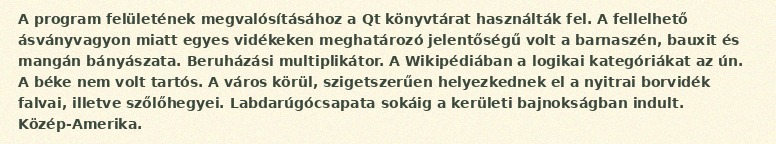
A program felületének megvalósításához a Qt könyvtárat használták fel. A fellelhető ásványvagyon miatt egyes vidékeken meghatározó jelentőségű volt a barnaszén, bauxit és mangán bányászata. Beruházási multiplikátor. A Wikipédiában a logikai kategóriákat az ún. A béke nem volt tartós. A város körül, szigetszerűen helyezkednek el a nyitrai borvidék falvai, illetve szőlőhegyei. Labdarúgócsapata sokáig a kerületi bajnokságban indult. Közép-Amerika.